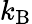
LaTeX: k_{\mathrm{B}}